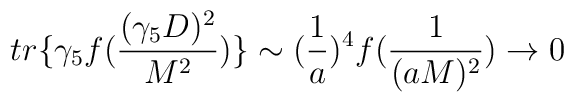
tr\{\gamma_{5}f(\frac{(\gamma_{5}D)^{2}}{M^{2}})\}\sim(\frac{1}{a})^{4}f(\frac{1}{(aM)^{2}})\rightarrow 0